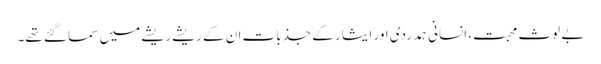
بے لوث محبت،انسانی ہمدردی اور ایثار کے جذبات ان کے ریشے ریشے میں سما گئے تھے۔